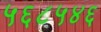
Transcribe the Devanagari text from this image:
५६८५४६